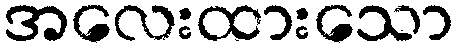
အလေးထားသော